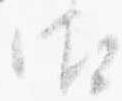
御